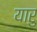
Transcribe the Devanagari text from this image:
यारु